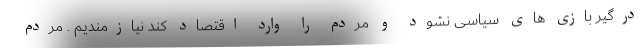
درگیر بازی های سیاسی نشود و مردم را وارد اقتصاد کند نیازمندیم . مردم